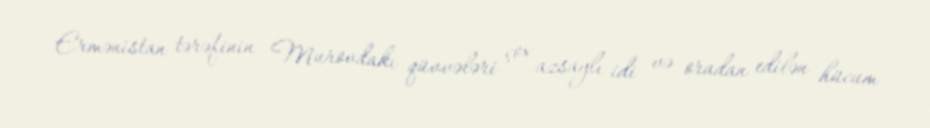
Ermənistan tərəfinin Murovdakı qüvvələri çox azsaylı idi və oradan edilən hücum